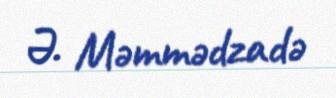
Ə. Məmmədzadə